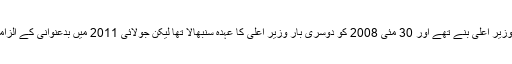
2007 میں وہ پہلی بار سات دن کے لئے وزیر اعلی بنے تھے اور 30 مئی 2008 کو دوسری بار وزیر اعلی کا عہدہ سنبھالا تھا لیکن جولائی 2011 میں بدعنوانی کے الزامات کی وجہ سے انهوں نے استعفی دیا تھا۔